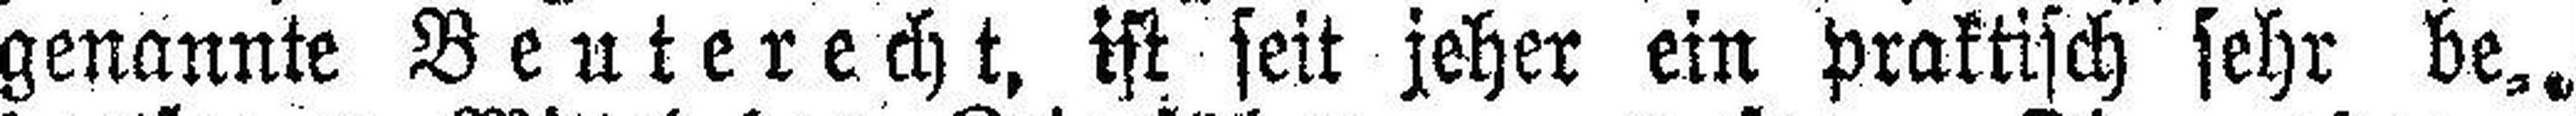
genannte Beuterecht, ist seit jeher ein praktisch sehr be¬